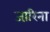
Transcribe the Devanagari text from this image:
जा़रिना